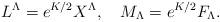
LaTeX: \begin{align*}L^\Lambda=e^{K/2}X^\Lambda,\quad M_\Lambda=e^{K/2}F_\Lambda.\end{align*}